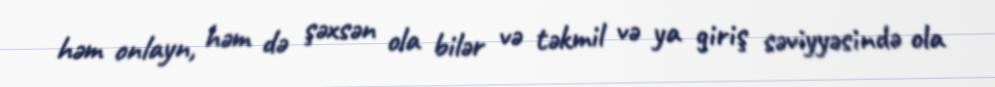
həm onlayn, həm də şəxsən ola bilər və təkmil və ya giriş səviyyəsində ola